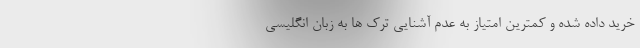
خرید داده شده و کمترین امتیاز به عدم آشنایی ترک ها به زبان انگلیسی